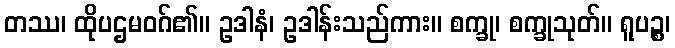
တဿ၊ ထိုပဌမဝဂ်၏။ ဥဒါနံ၊ ဥဒါန်းသည်ကား။ စက္ခု၊ စက္ခုသုတ်။ ရူပဉ္စ၊